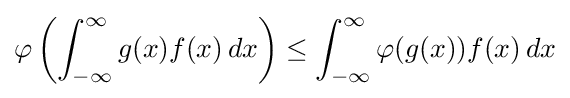
\varphi \left(\int _{-\infty }^{\infty }g(x)f(x)\,dx\right)\leq \int _{-\infty }^{\infty }\varphi (g(x))f(x)\,dx